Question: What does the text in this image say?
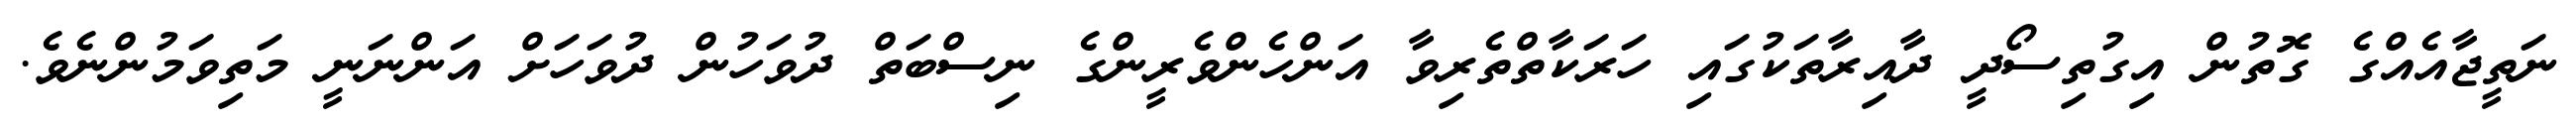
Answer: ނަތީޖާއެއްގެ ގޮތުން އިގުތިސޯދީ ދާއިރާތަކުގައި ހަރަކާތްތެރިވާ އަންހެންވެރީންގެ ނިސްބަތް ދުވަހުން ދުވަހަށް އަންނަނީ މަތިވަމުންނެވެ.